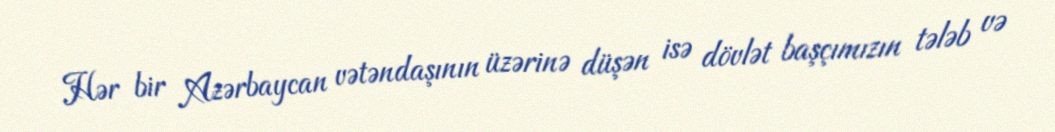
Hər bir Azərbaycan vətəndaşının üzərinə düşən isə dövlət başçımızın tələb və